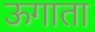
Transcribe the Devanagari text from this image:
ऊगाता